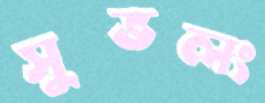
সুভলং